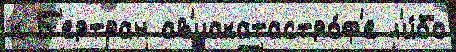
к Б'ертран ав'иакатастро́ф'е л'и́бо